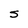
Character: S